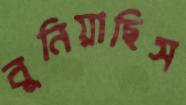
বুনিয়াছিস